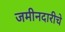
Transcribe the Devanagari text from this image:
जमीनदारीचे